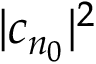
| c _ { n _ { 0 } } | ^ { 2 }